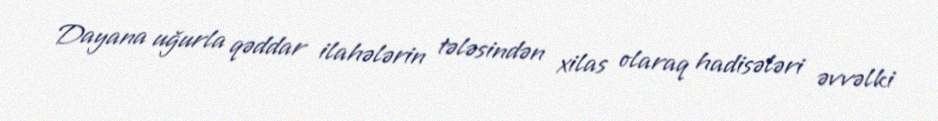
Dayana uğurla qəddar ilahələrin tələsindən xilas olaraq hadisələri əvvəlki